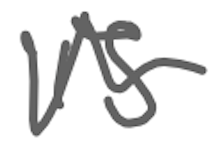
Text: is
Cross-out: wave
Writing tool: digital_gray